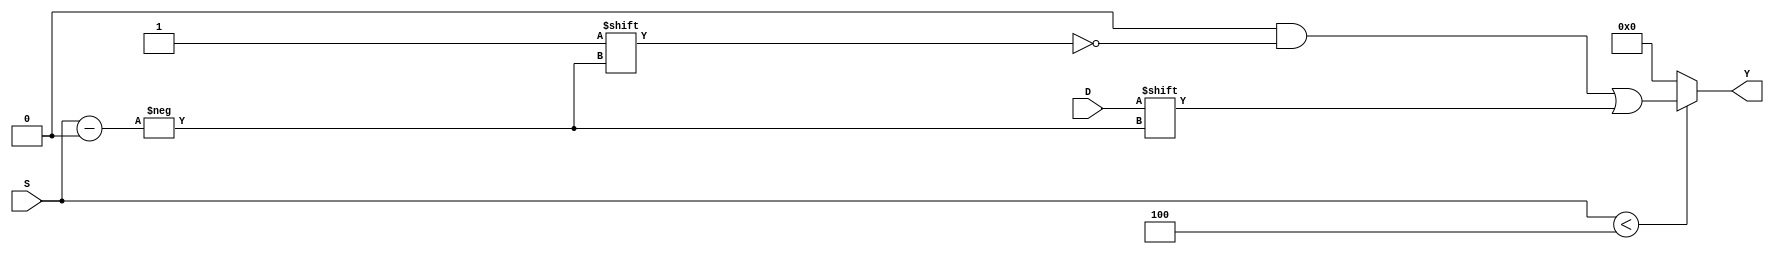
module ParameterizedDemux #(
    parameter N = 4 // Number of output lines (default is 4)
) (
    input wire D,                     // Data input
    input wire [$clog2(N)-1:0] S,    // Select lines
    output reg [N-1:0] Y              // Output lines
);

    always @(*) begin
        // Default all outputs to 0
        Y = {N{1'b0}};
        
        // Check if the select lines are valid
        if (S < N) begin
            Y[S] = D; // Route data input to the selected output
        end
        // If S >= N, Y remains 0 (or can be defined to some other state)
    end

endmodule